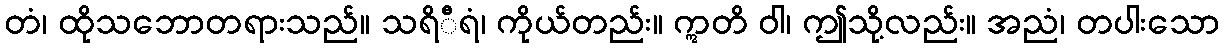
တံ၊ ထိုသဘောတရားသည်။ သရိီရံ၊ ကိုယ်တည်း။ ဣတိ ဝါ၊ ဤသို့လည်း။ အညံ၊ တပါးသော